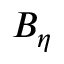
B _ { \eta }